Report on horse surra - Volume II, Part I
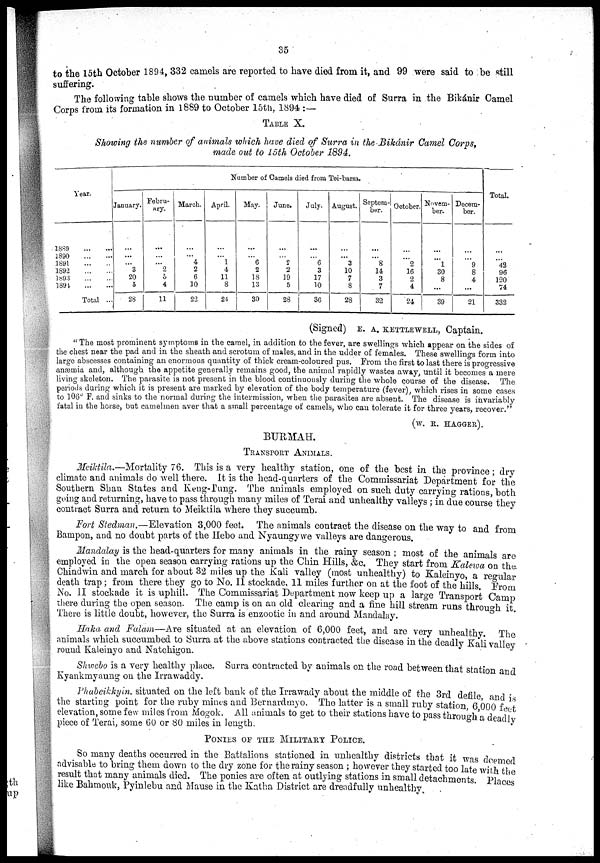
35
to the 15th October 1894, 332 camels are reported to have died from it, and 99 were said to be still
suffering.
The following table shows the number of camels which have died of Surra in the Bikánir Camel
Corps from its formation in 1889 to October 15th, 1894 :—
TABLE X.
Showing the number of animals which have died of Surra in the Bikánir Camel Corps,
made out to 15th October 1894.
Year.
1889
1890 .....
1891
1892
1893
1894
Total ..
Number of Camels died from Tei-barsa,
January.
...
...
...
3
20
5
28
Febru-
ary.
...
...
...
2
5
4
11
March.
...
...
4
2
6
10
22
April.
...
...
1
4
11
8
24
May.
...
...
6
2
18
13
39
June.
...
...
2
2
19
5
28
July.
...
...
6
3
17
10
36
August.
...
...
3
10
7
8
28
Septem-
ber.
...
...
8
14
3
7
32
October.
....
...
2
16
2
4
24
Novem-
ber.
...
...
1
30
8
...
39
Decem-
ber.
...
...
9
8
4
...
21
Total.
...
...
42
96
120
74
332
(Signed) E. A. KETTLEWELL, Captain.
"The most prominent symptoms in the camel, in addition to the fever, are swellings which appear on the sides of
the chest near the pad and in the sheath and scrotum of males, and in the udder of females. These swellings form into
large abscesses containing an enormous quantity of thick cream-coloured pus.' From the first to last there is progressive
anæmia and, although the appetite generally remains good, the animal rapidly wastes away, until it becomes a mere
living skeleton. The parasite is not present in the blood continuously during the whole course of the disease. The
periods during which it is present are marked by elevation of the body temperature (fever), which rises in some cases
to 106° F. and sinks to the normal during the intermission, when the parasites are absent. The disease is invariably
fatal in the horse, but camelmen aver that a small percentage of camels, who can tolerate it for three years, recover."
(W. R. HAGGER).
BURMAH.
TRANSPORT ANIMALS.
Meiktila.—Mortality 76. This is a very healthy station, one of the best in the province ; dry
climate and animals do well there. It is the head-quarters of the Commissariat Department for the
Southern Shan States and Keng-Tung. The animals employed on such duty carrying rations, both
going and returning, have to pass through many miles of Terai and unhealthy valleys ; in due course they
contract Surra and return to Meiktila where they succumb.
Fort Stedman.—Elevation 3,000 feet. The animals contract the disease on the way to and from
Bampon, and no doubt parts of the Hebo and Nyaungywe valleys are dangerous.
Mandalay is the head-quarters for many animals in the rainy season ; most of the animals are
employed in the open season carrying rations up the Chin Hills, &c. They start from Kalewa on the
Chindwin and march for about 32 miles up the Kali valley (most unhealthy) to Kaleinyo, a regular
death trap ; from there they go to No. II stockade, 11 miles further on at the foot of the hills. From
No. II stockade it is uphill. The Commissariat Department now keep up a large Transport Camp
there during the open season. The camp is on an old clearing and a fine hill stream runs through it.
There is little doubt, however, the Surra is enzootic in and around Mandalay.
Haka and Falam—Are situated at an elevation of 6,000 feet, and are very unhealthy
The
animals which succumbed to Surra at the above stations contracted the disease in the deadly Kali valley
round Kaleinyo and Natchigon.
Shwebo is a very healthy place. Surra contracted by animals on the road between that station and
Kyankmyaung on the Irrawaddy.
Phabeikkyin. situated on the left bank of the Irrawady about the middle of the 3rd defile, and is
the starting point for the ruby mines and Bernardmyo. The latter is a small ruby station 6,000 feet
elevation, some few miles from Mogok. All animals to get to their stations have to pass through a deadly
piece of Terai, some 60 or 80 miles in length.
PONIES OF THE MILITARY POLICE.
So many deaths occurred in the Battalions stationed in unhealthy districts that it was deemed
advisable to bring them down to the dry zone for the rainy season ; however they started too late with the
result that many animals died. The ponies are often at outlying stations in small detachments. Places
like Bahmouk, Pyinlebu and Mause in the Katha District are dreadfully
unhealthy.